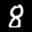
Label: 8